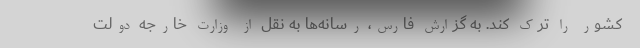
کشور را ترک کند. به گزارش فارس، رسانه‌ها به نقل از وزارت خارجه دولت